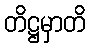
တိဋ္ဌမှာတိ